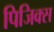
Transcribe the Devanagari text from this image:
पिजिक्स